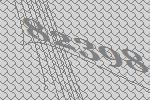
82398